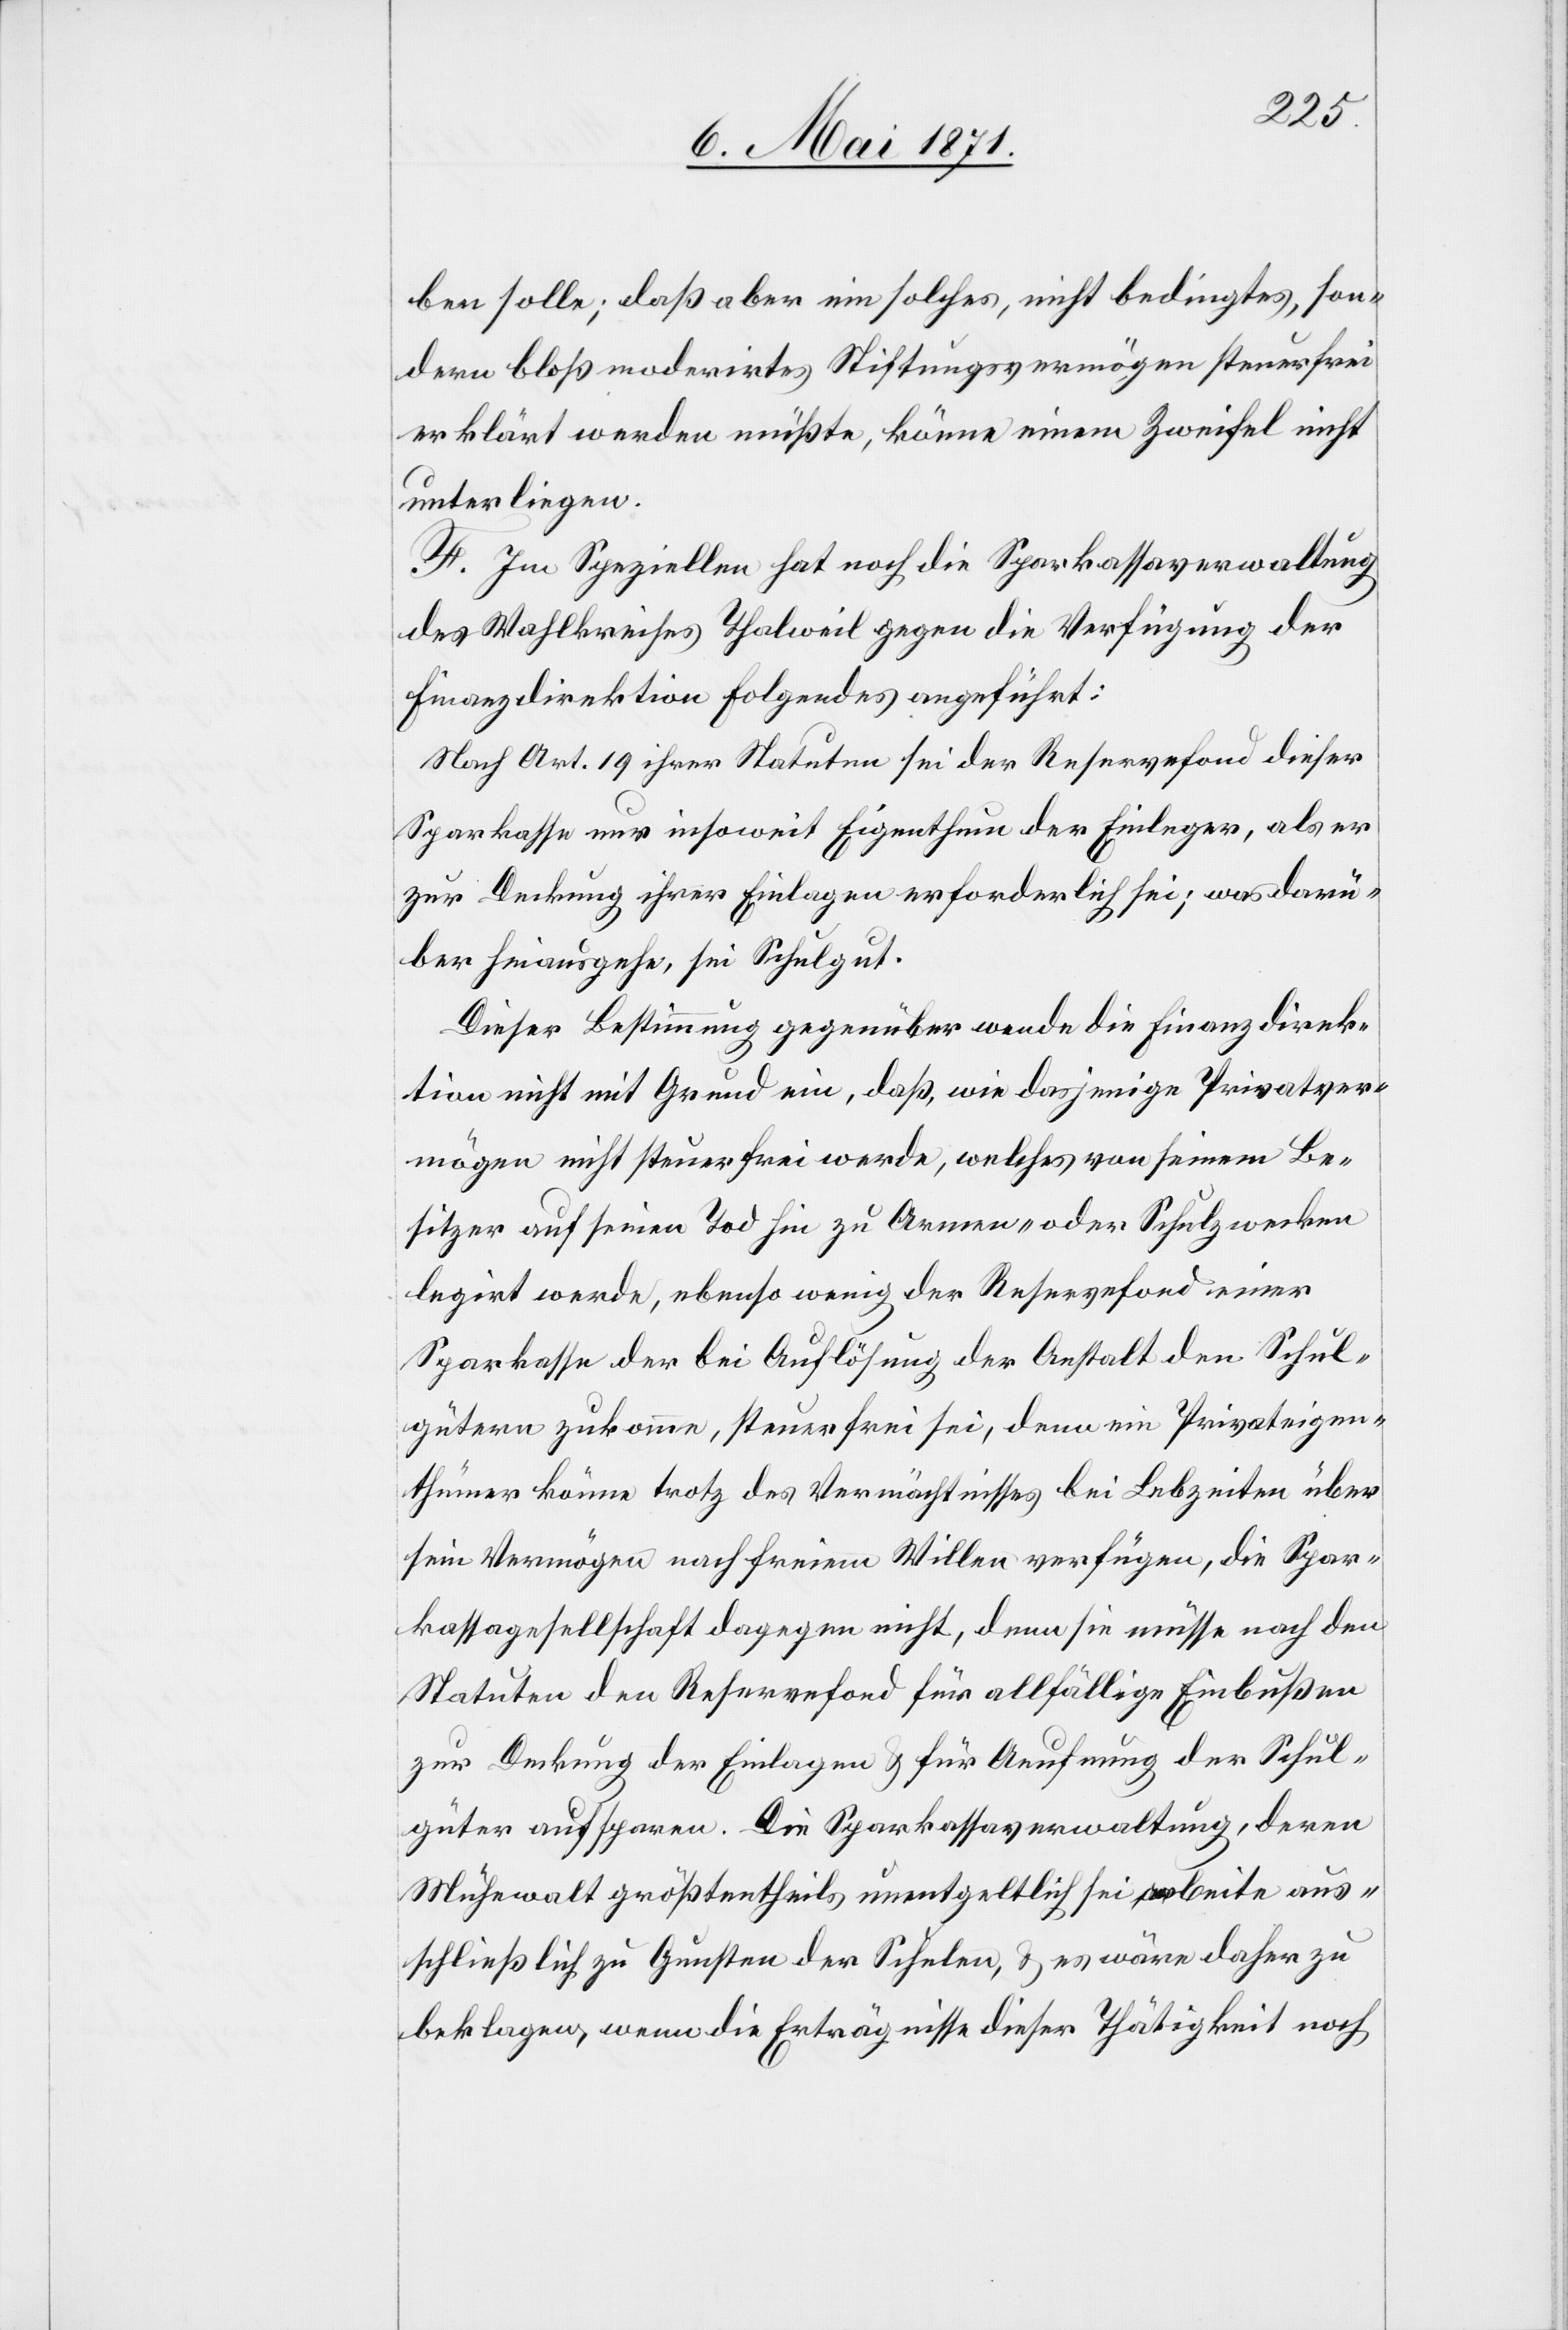
ben solle; daß aber ein solches, nicht bedingtes, son¬
dern bloß moderirtes Stiftungsvermögen steuerfrei
erklärt werden müßte, könne einem Zweifel nicht
unterliegen.
F. Im Speziellen hat noch die Sparkassaverwaltung
des Wahlkreises Thalweil gegen die Verfügung der
Finanzdirektion Folgendes angeführt:
Nach Art. 19 ihrer Statuten sei der Reservefond dieser
Sparkasse nur insoweit Eigenthum der Einleger, als er
zur Deckung ihrer Einlagen erforderlich sei; was darü¬
ber hinausgehe, sei Schulgut.
Dieser Bestimmung gegenüber wende die Finanzdirek¬
tion nicht mit Grund ein, daß, wie dasjenige Privatver¬
mögen nicht steuerfrei werde, welches von seinem Be¬
sitzer auf seinen Tod hin zu Armen- oder Schulzwecken
legirt werde, ebenso wenig der Reservefond einer
Sparkasse der bei Auflösung der Anstalt den Schul¬
gütern zukomme, steuerfrei sei, denn ein Privateigen¬
thümer könne trotz des Vermächtnisses bei Lebzeiten über
sein Vermögen nach freiem Willen verfügen, die Spar¬
kassegesellschaft dagegen nicht, denn sie müsse nach den
Statuten den Reservefond für allfällige Einbußen
zur Deckung der Einlagen u. für Aeufnung der Schul¬
güter aufsparen. Die Sparkasseverwaltung, deren
Mühewalt größtentheils unentgeltlich sei, biete aus¬
schließlich zu Gunsten der Schulen, u. es wäre daher zu
beklagen, wenn die Erträgnisse dieser Thätigkeit noch